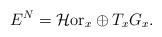
LaTeX: \begin{gather*}E^N=\mathcal{H}{\rm or}_x\oplus T_xG_x.\end{gather*}